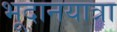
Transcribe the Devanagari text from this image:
भूदानयात्रा